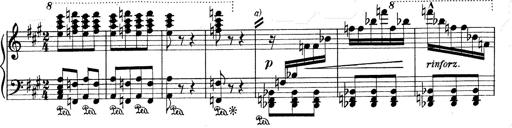
Title: Mephisto Waltz No.1
Composer: Franz Liszt